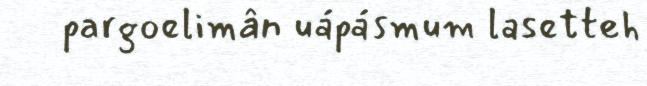
pargoelimân uápásmum lasetteh